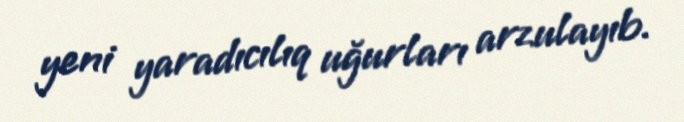
yeni yaradıcılıq uğurları arzulayıb.